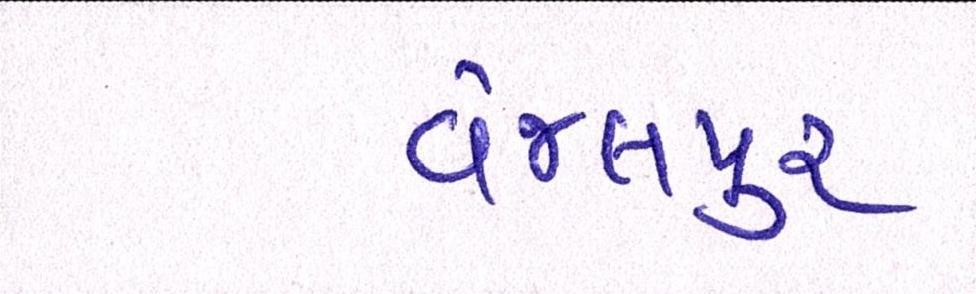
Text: વેજલપુર